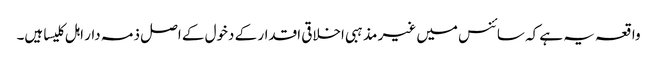
واقعہ یہ ہے کہ سائنس میں غیر مذہبی اخلاقی اقدار کے دخول کے اصل ذمہ دار اہل کلیسا ہیں۔